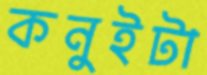
কনুইটা